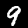
Label: 9